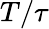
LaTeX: T/\tau